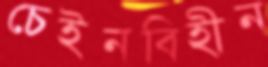
চেইনবিহীন